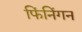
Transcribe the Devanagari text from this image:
फिंनिंगन